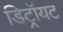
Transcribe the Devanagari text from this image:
डिट्रॉयट